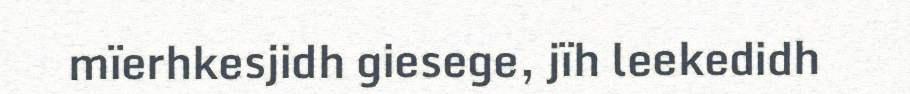
mïerhkesjidh giesege, jïh leekedidh